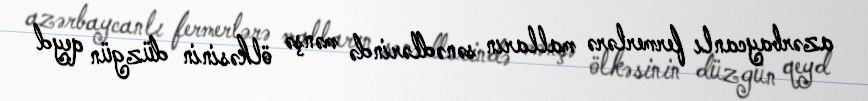
azərbaycanlı fermerlərə malların sənədlərində mənşə ölkəsinin düzgün qeyd